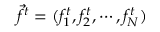
\vec { f } ^ { t } = ( f _ { 1 } ^ { t } , f _ { 2 } ^ { t } , \cdots , f _ { N } ^ { t } )